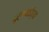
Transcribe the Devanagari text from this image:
दुर्गाबाईच्या